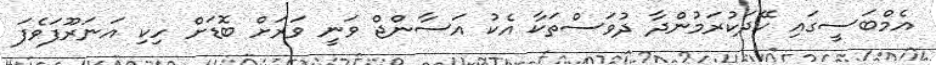
އެމްބަސީގައި ހޭދަކުރަމުންދާ ދުވަސްތަކާ އެކު އަސާންޖް ވަނީ ވަރަށް ބޮޑަށް ހިކި އަނަރޫފަވެފަ